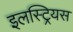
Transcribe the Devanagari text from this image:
इलस्ट्रियस